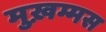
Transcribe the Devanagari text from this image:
मुख़म्मस